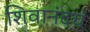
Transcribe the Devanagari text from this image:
शिवानंदचं